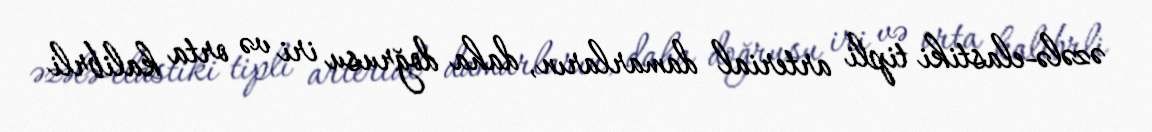
əzələ-elastiki tipli arterial damarların, daha doğrusu iri və orta kalibrli